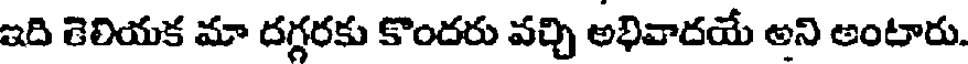
ఇది తెలియక మా దగ్గరకు కొందరు వచ్చి అభివాదయే అని అంటారు.